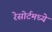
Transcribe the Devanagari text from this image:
रेसोर्टमध्ये